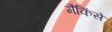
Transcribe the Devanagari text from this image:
मैकिंसे